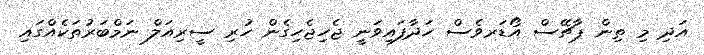
އަދި މި ތިން ޕާޗޭސް އޯޑަރވެސް ހަދާފައިވަނީ ޖެހިޖެހިގެން ހުރި ސީރިއަލް ނަމްބަރުތަކެއްގައި